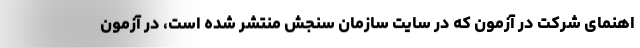
اهنمای شرکت در آزمون که در سایت سازمان سنجش منتشر شده است، در آزمون